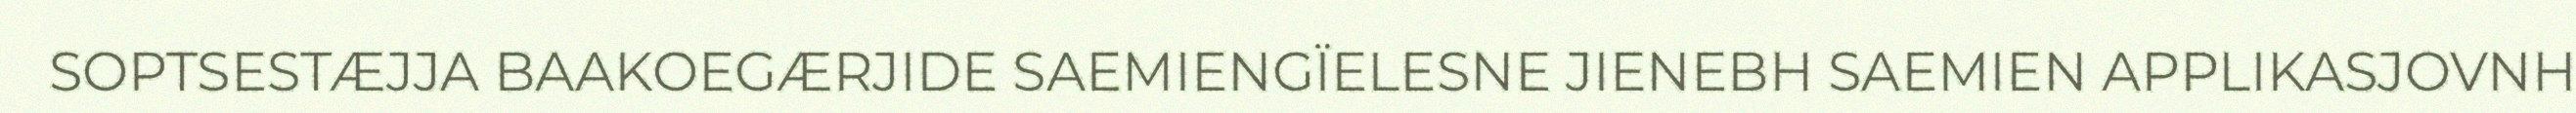
SOPTSESTÆJJA BAAKOEGÆRJIDE SAEMIENGÏELESNE JIENEBH SAEMIEN APPLIKASJOVNH